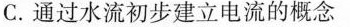
C.通过水流初步建立电流的概念